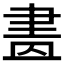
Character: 𦘕